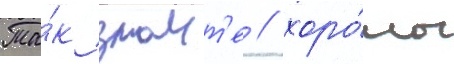
Та́к знаит'е / хоро́мы